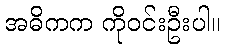
အဓိကက ကိုဝင်းဦးပါ။